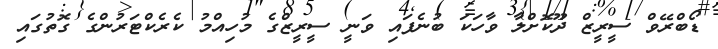
ޑޯބްރޭވް ސީރީޒް ދޫކޮށްލާ ވާހަކަ ބުނެފައި ވަނީ ސީރީޒްގެ މުހިއްމު ކެރެކްޓަރުންގެ ގޮތުގައި